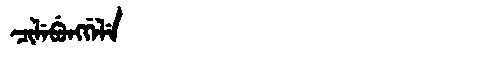
Manchu: ᠴᡳᠯᡝᠪᡠᠩᡤᡝᠯᡝ
Romanization: CILEBUNGGELE